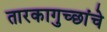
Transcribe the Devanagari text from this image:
तारकागुच्छांचे